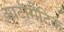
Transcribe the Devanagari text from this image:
आटॉमैटिक